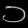
Digit: ၁